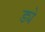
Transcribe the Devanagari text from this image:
ड्ये